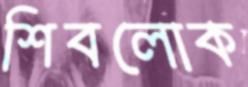
শিবলোক